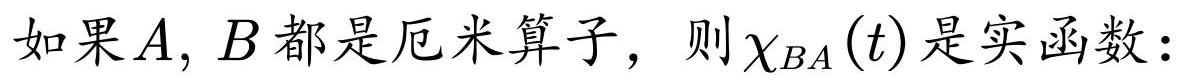
如果$A, B$都是厄米算子，则$\chi_{BA}(t)$是实函数：